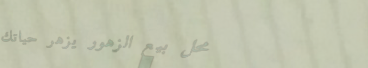
محل بيع الزهور يزهر حياتك